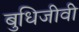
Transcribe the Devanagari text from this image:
बुधिजीवी